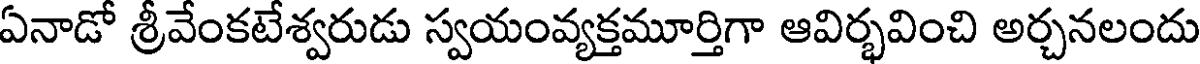
ఏనాడో శ్రీవేంకటేశ్వరుడు స్వయంవ్యక్తమూర్తిగా ఆవిర్భవించి అర్చనలందు